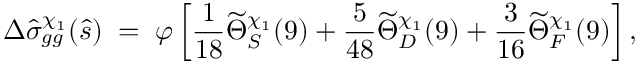
\Delta \hat { \sigma } _ { g g } ^ { \chi _ { 1 } } ( \hat { s } ) \; = \; \varphi \left[ { \frac { 1 } { 1 8 } } \widetilde \Theta _ { S } ^ { \chi _ { 1 } } ( 9 ) + { \frac { 5 } { 4 8 } } \widetilde \Theta _ { D } ^ { \chi _ { 1 } } ( 9 ) + { \frac { 3 } { 1 6 } } \widetilde \Theta _ { F } ^ { \chi _ { 1 } } ( 9 ) \right] ,